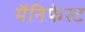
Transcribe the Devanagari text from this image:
मॅनिफेस्ट